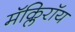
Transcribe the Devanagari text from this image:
मॅक्लिरॉय